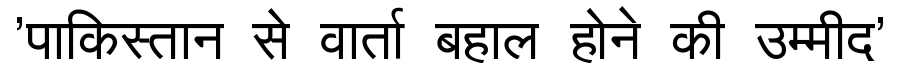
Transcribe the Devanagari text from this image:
'पाकिस्तान से वार्ता बहाल होने की उम्मीद'